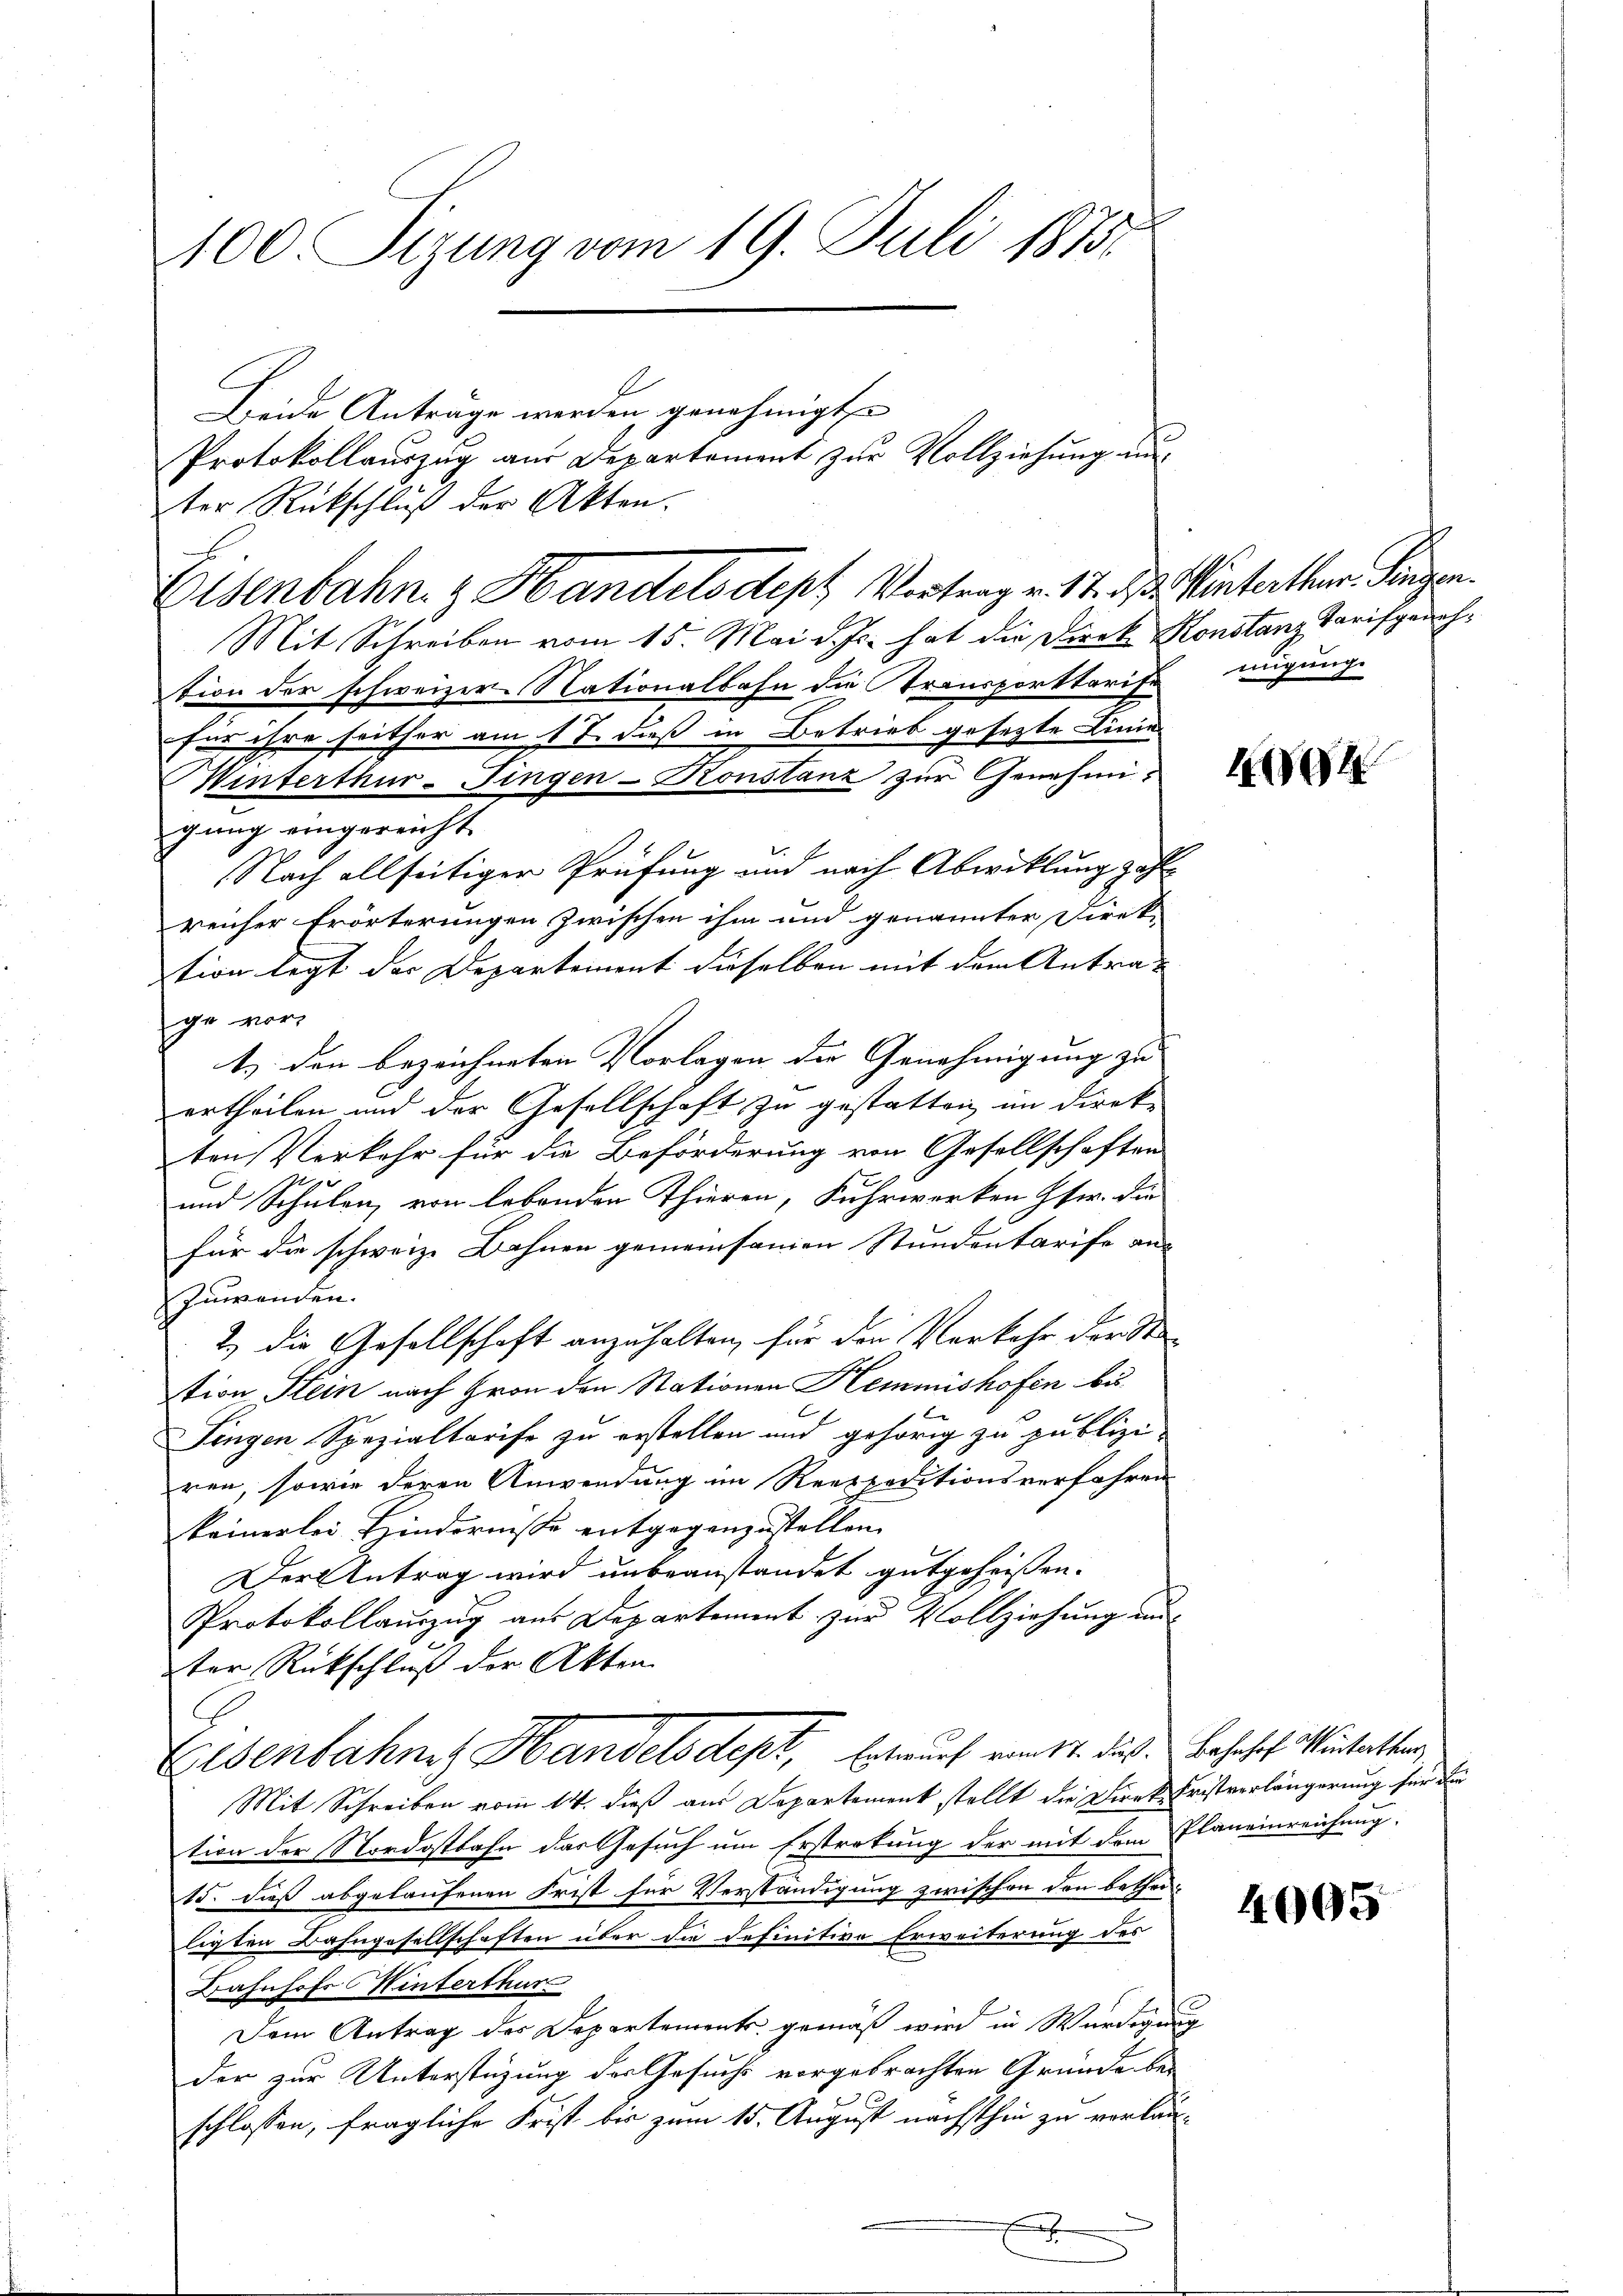
100 Sizung vom 19. Juli 1875.

Beide Antrage werden genehmigt
ter Rückschluß der Akten.
Mit Schreiben vom 15. Mai d. Js. hat die Direk Konstanz Tarifgeuchtion der schweizer Nationalbahn die Transporttarife nugung
für ihre seither am 17. daß in Betrieb gesezte Linie
Minterthur-Fingen-Konstanz zur Genehmigung eingereicht
Nach allseitiger Prüfung und nach Abwicklung zahlreicher Erörterungen zwischen ihm und genannter Direk-
tion legt der Departement dieselben mit dem Antrag
ge vor,
t. den bezeichneten Vorlagen die Genehmigung zu |
ertheilen und der Gesellschaft zu gestatten im Direk-
ten Verkehr für die Beförderung von Gesellschaften
und Schulen, von lebenden Thieren, Fuhrwerken Iser. die
für die schweiz. Bahnen gemeinsamen Stundentarife an
Zuwenden.
2.) Die Gesellschaft anzuhalten, für den Verkehr der Sta
tion Klein nach Hron den Stationen Hemmishofen bis
Fingen Spezialtarife zu erstellen und gehörig zu publizi-
ren, sowie deren Anwendung im Reetpoditionsverfahren
keinerlei Hindernisse entgegenzustellen.
Der Antrag wird unbeanstandet gutgeheissen.
Protokollauszug aus Departement zur Vollziehung und
ter Rückschluß der Akten.
Eisenbahne Handelsdept, Entwurf vom 14. das Bahnhof. Wintetter
Mit Schreiben vom 14. dieß aus Departement stellt die Direk Fristverlängerung für die
tion der Nordostbahn das Gesuch um Erstretung der mit dem Planeinreichung.
15. dieß abgelaufenen Frist für Verständigung zwischen den betheiligten Bahngesellschaften über die definitive Erweiterung des
Bahnhofs Winterthur
Dem Antrag des Departements gemäß wird in Würdigung
der zur Unterstüzung der Gesuchs vorgebrachten Gründe be-
schlossen, fragliche Frist bis zum 15. August nächsthin zu verlau¬
.

Protokollauszug aus Departement zur Vollziehung un¬

Eisenbahn. z. Handels dept Vortrag v. 17. ds. Winterthur. Fingen.

494

40095